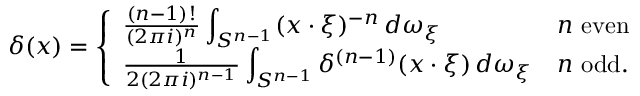
\delta ( x ) = { \left\{ \begin{array} { l l } { { \frac { ( n - 1 ) ! } { ( 2 \pi i ) ^ { n } } } \displaystyle \int _ { S ^ { n - 1 } } ( x \cdot \xi ) ^ { - n } \, d \omega _ { \xi } } & { n { \mathrm { ~ e v e n } } } \\ { { \frac { 1 } { 2 ( 2 \pi i ) ^ { n - 1 } } } \displaystyle \int _ { S ^ { n - 1 } } \delta ^ { ( n - 1 ) } ( x \cdot \xi ) \, d \omega _ { \xi } } & { n { \mathrm { ~ o d d } } . } \end{array} \right. }